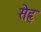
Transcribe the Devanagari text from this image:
सेहृ